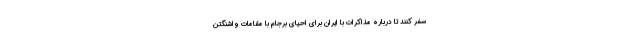
سفر کنند تا درباره مذاکرات با ایران برای احیای برجام با مقامات واشنگتن